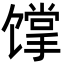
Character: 𩠏